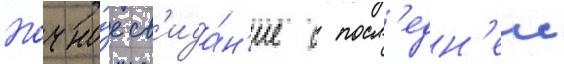
Ночно́е св'ида́н'ие с посл'едн'еи